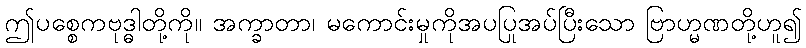
ဤပစ္စေကဗုဒ္ဓါတို့ကို။ အက္ခာတာ၊ မကောင်းမှုကိုအပပြုအပ်ပြီးသော ဗြာဟ္မဏတို့ဟူ၍